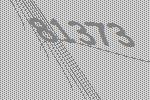
81373